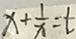
x + \frac { 1 } { x } = t